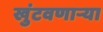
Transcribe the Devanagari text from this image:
खुंटवणाऱ्या